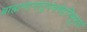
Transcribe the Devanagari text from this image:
ब्राह्मणानांतुपंचमेहनिभूभृतां